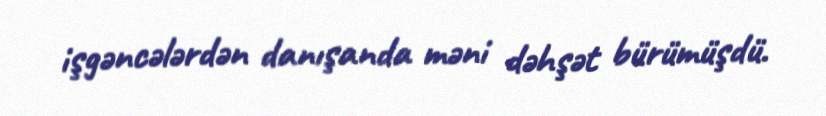
işgəncələrdən danışanda məni dəhşət bürümüşdü.